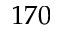
1 7 0